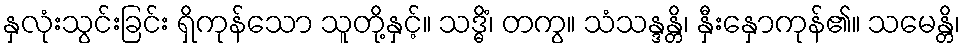
နှလုံးသွင်းခြင်း ရှိကုန်သော သူတို့နှင့်။ သဒ္ဓိံ၊ တကွ။ သံသန္ဒန္တိ၊ နှီးနှောကုန်၏။ သမေန္တိ၊